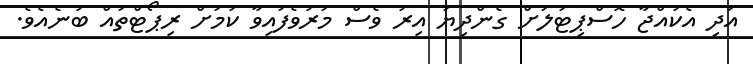
އަދި އެކުއްޖާ ހޮސްޕިޓަލަށް ގެންދިޔަ އިރު ވެސް މަރުވެފައިވާ ކަމަށް ރިޕޯޓްތައް ބުނެއެވެ.